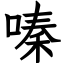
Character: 嗪